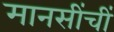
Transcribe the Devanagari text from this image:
मानसींचीं